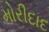
મોરીદાદ